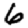
Digit: 6